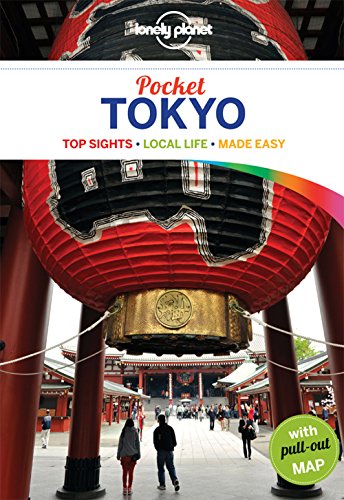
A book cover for Lonely Planet Pocket Tokyo (Travel Guide); Lonely Planet; Travel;